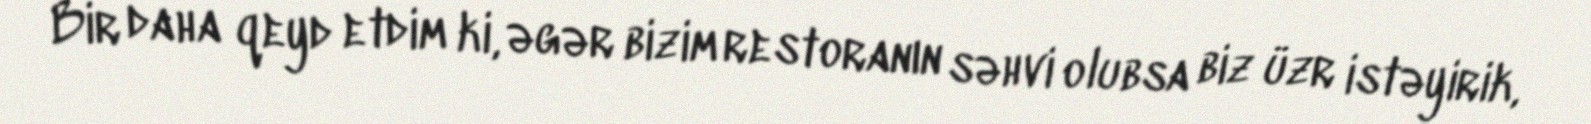
Bir daha qeyd etdim ki, əgər bizim restoranın səhvi olubsa biz üzr istəyirik,